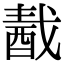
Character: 𨠾